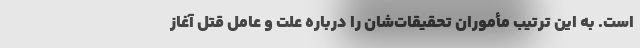
است. به این ترتیب مأموران تحقیقات‌شان را درباره علت و عامل قتل آغاز